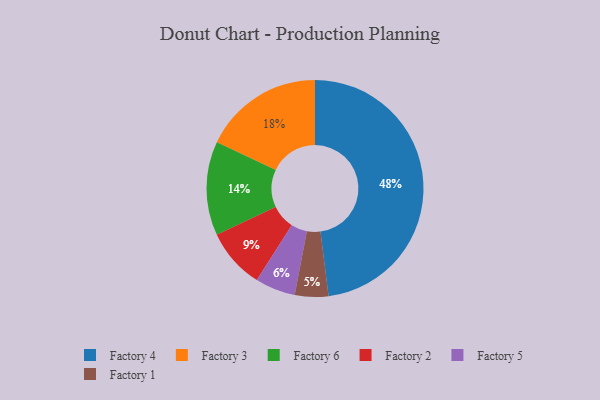
{"axis": {"x": "Category", "y": "Percentage"}, "legend": ["Factory 1", "Factory 2", "Factory 3", "Factory 4", "Factory 5", "Factory 6"], "data": [{"x": "Factory 6", "y": 14, "type": "Factory 6"}, {"x": "Factory 1", "y": 5, "type": "Factory 1"}, {"x": "Factory 3", "y": 18, "type": "Factory 3"}, {"x": "Factory 4", "y": 48, "type": "Factory 4"}, {"x": "Factory 2", "y": 9, "type": "Factory 2"}, {"x": "Factory 5", "y": 6, "type": "Factory 5"}]}